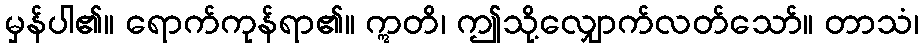
မှန်ပါ၏။ ရောက်ကုန်ရာ၏။ ဣတိ၊ ဤသို့လျှောက်လတ်သော်။ တာသံ၊